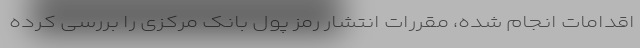
اقدامات انجام شده، مقررات انتشار رمز پول بانک مرکزی را بررسی کرده